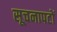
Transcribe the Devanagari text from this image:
सूचनापटों